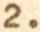
2.